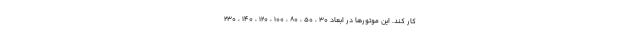
کار کند. این موتورها در ابعاد 30 ، 50 ، 80 ، 100 ، 120 ، 140 ، 230